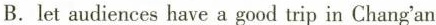
B.let audiences have a good trip in Chang'an.